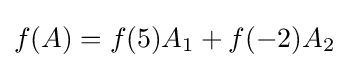
f(A)=f(5)A_{1}+f(-2)A_{2}